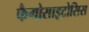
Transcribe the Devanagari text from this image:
फैगोसाइटोसिस